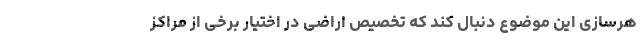
هرسازی این موضوع دنبال کند که تخصیص اراضی در اختیار برخی از مراکز